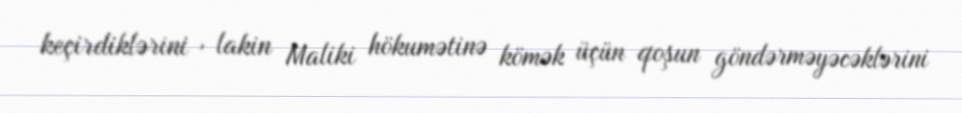
keçirdiklərini , lakin Maliki hökumətinə kömək üçün qoşun göndərməyəcəklərini